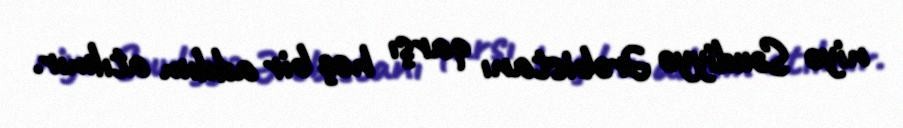
niyə Səudiyyə Ərəbistanı qarşı heç bir addım atılmır.